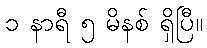
၁ နာရီ ၅ မိနစ် ရှိပြီ။